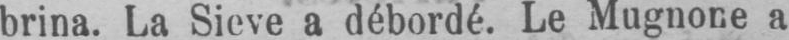
brina. La Sieve a débordé. Le Mugnone a